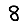
Digit: 8